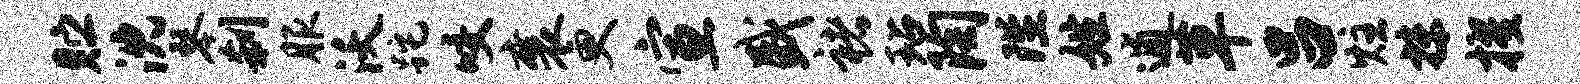
贮沈琴刹服沃跎咬襄更宣盛褚玷陶陛姓逋草吕炷抹擢